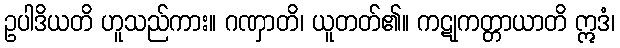
ဥပါဒိယတိ ဟူသည်ကား။ ဂဏှာတိ၊ ယူတတ်၏။ ကဋုကတ္တာယာတိ ဣဒံ၊